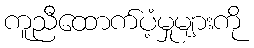
ကူညီထောက်ပံ့မှုများကို